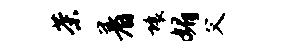
茶着壤媚父